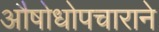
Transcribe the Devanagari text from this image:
औषोधोपचाराने